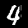
Digit: 4